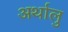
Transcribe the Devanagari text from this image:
अर्थालु